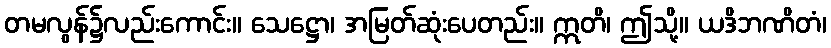
တမလွန်၌လည်းကောင်း။ သေဋ္ဌော၊ အမြတ်ဆုံးပေတည်း။ ဣတိ၊ ဤသို့။ ယဒိဘဏိတံ၊